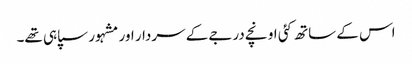
اس کے ساتھ کئی اونچے درجے کے سردار اور مشہور سپاہی تھے۔